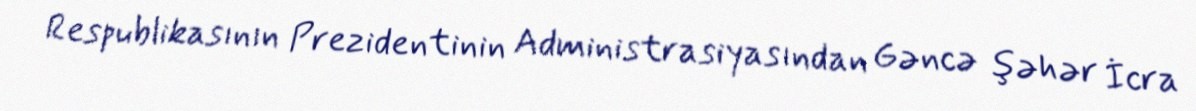
Respublikasının Prezidentinin Administrasiyasından Gəncə şəhər İcra